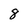
Character: 8